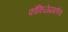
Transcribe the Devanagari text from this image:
कोकिळेप्रमाणेच